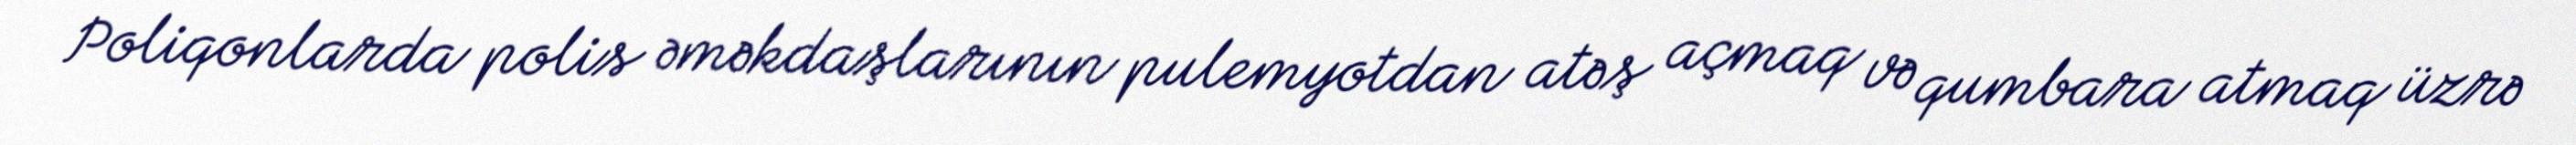
Poliqonlarda polis əməkdaşlarının pulemyotdan atəş açmaq və qumbara atmaq üzrə